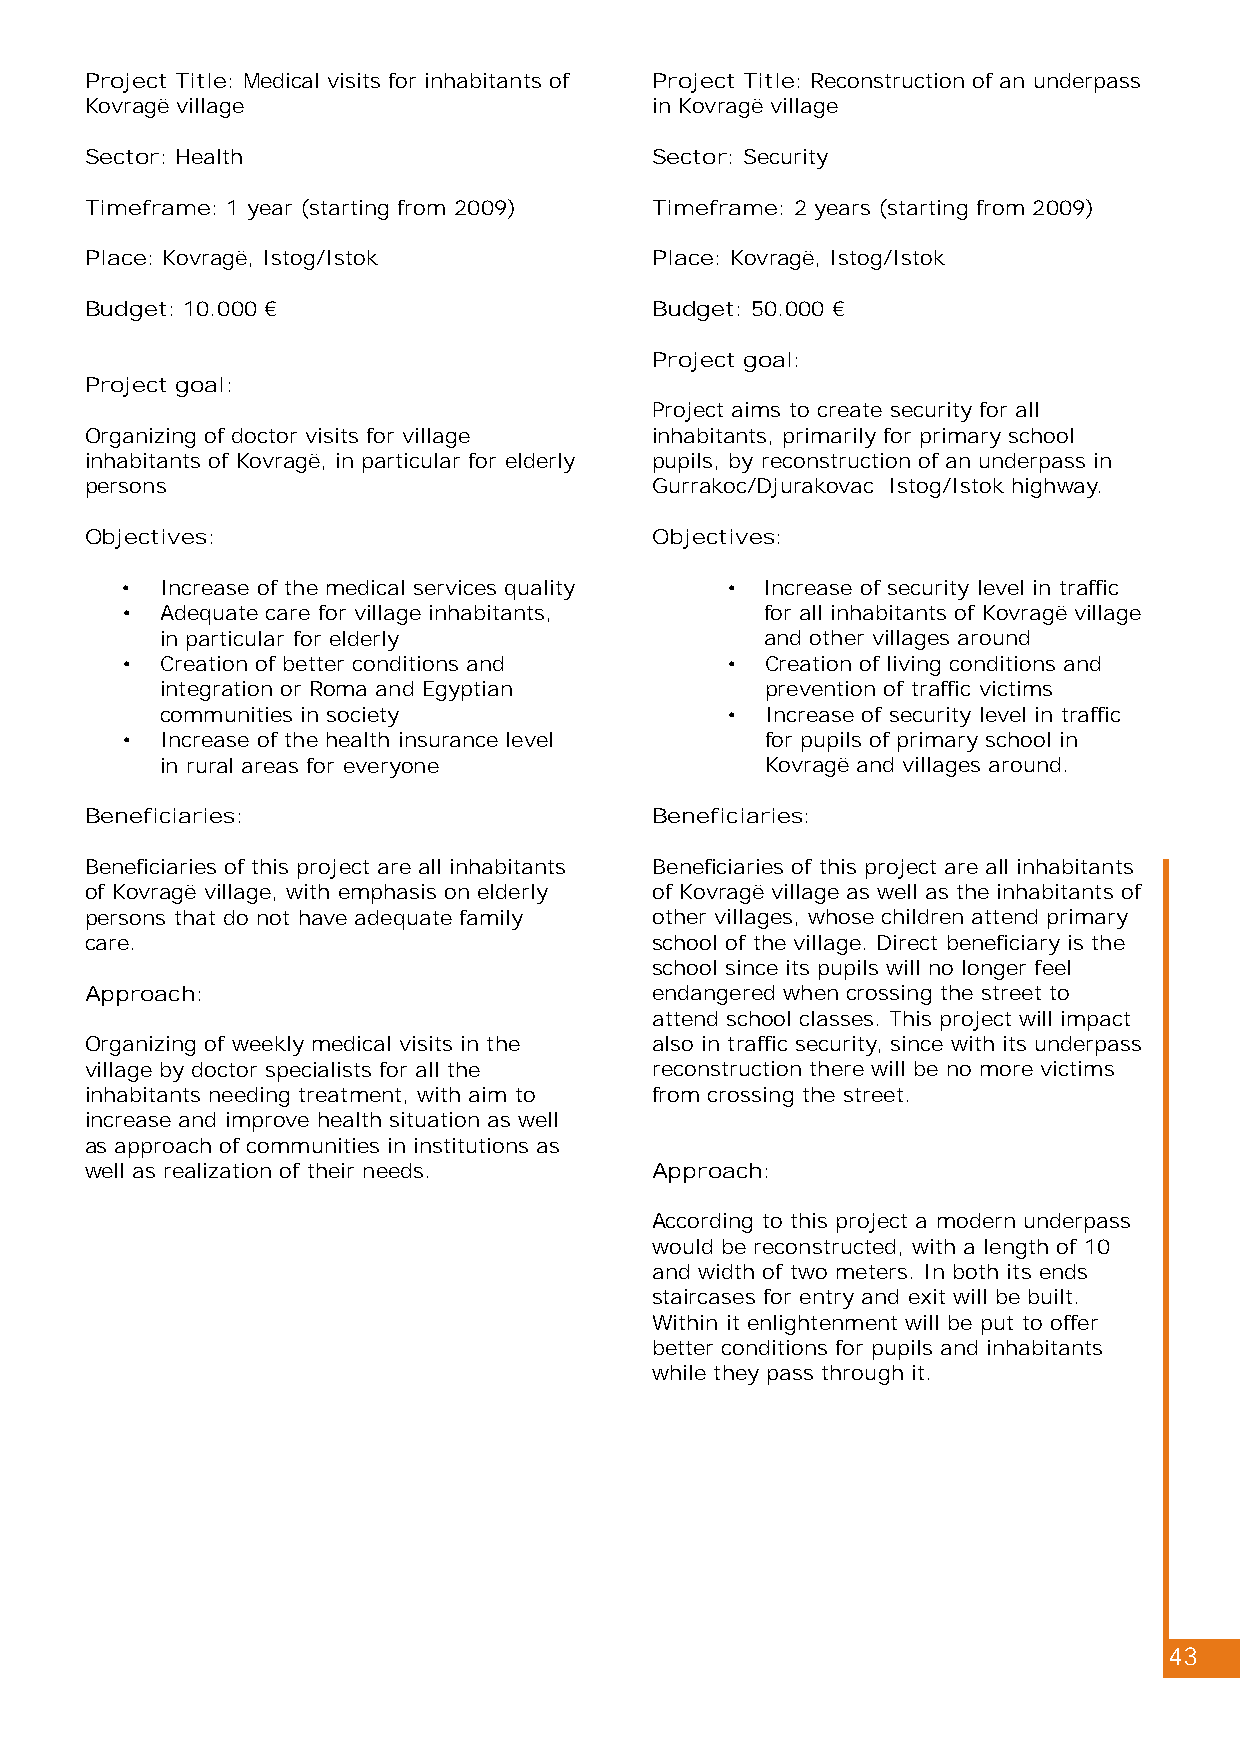
Project Title: Medical visits for inhabitants of Project Title: Reconstruction of an underpass
 Kovragë village                      in Kovragë village
 Sector: Health                       Sector: Security
 Timeframe: 1 year (starting from 2009) Timeframe: 2 years (starting from 2009)
 Place: Kovragë, Istog/Istok          Place: Kovragë, Istog/Istok
 Budget: 10.000 €                     Budget: 50.000 €
 Project goal:
 Project goal:
 Project aims to create security for all
 Organizing of doctor visits for village inhabitants, primarily for primary school
 inhabitants of Kovragë, in particular for elderly pupils, by reconstruction of an underpass in
 persons                              Gurrakoc/Djurakovac Istog/Istok highway.
 Objectives:                          Objectives:
 •  Increase of the medical services quality • Increase of security level in traffic
 •  Adequate care for village inhabitants,  for all inhabitants of Kovragë village
 in particular for elderly               and other villages around
 •  Creation of better conditions and    •  Creation of living conditions and
 integration or Roma and Egyptian        prevention of traffic victims
 communities in society               •  Increase of security level in traffic
 •  Increase of the health insurance level  for pupils of primary school in
 in rural areas for everyone             Kovragë and villages around.
 Beneficiaries:                       Beneficiaries:
 Beneficiaries of this project are all inhabitants Beneficiaries of this project are all inhabitants
 of Kovragë village, with emphasis on elderly of Kovragë village as well as the inhabitants of
 persons that do not have adequate family other villages, whose children attend primary
 care.                                school of the village. Direct beneficiary is the
 school since its pupils will no longer feel
 Approach:                            endangered when crossing the street to
 attend school classes. This project will impact
 Organizing of weekly medical visits in the also in traffic security, since with its underpass
 village by doctor specialists for all the reconstruction there will be no more victims
 inhabitants needing treatment, with aim to from crossing the street.
 increase and improve health situation as well
 as approach of communities in institutions as
 well as realization of their needs.  Approach:
 According to this project a modern underpass
 would be reconstructed, with a length of 10
 and width of two meters. In both its ends
 staircases for entry and exit will be built.
 Within it enlightenment will be put to offer
 better conditions for pupils and inhabitants
 while they pass through it.
 43